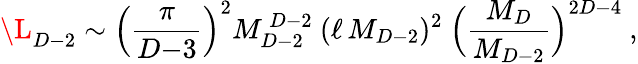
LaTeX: \L_{D-2}\sim\Big({\frac{\pi}{D{-}3}}\Big)^{2}M_{D-2}^{~D-2}~(\ell\, M_{D-2})^{2}~\Big({\frac{M_{D}}{M_{D-2}}}\Big)^{2D-4}~,